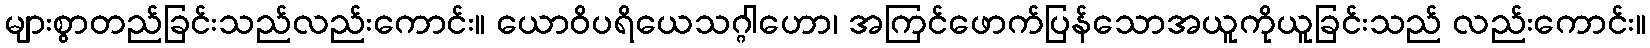
များစွာတည်ခြင်းသည်လည်းကောင်း။ ယောဝိပရိယေသဂ္ဂါဟော၊ အကြင်ဖောက်ပြန်သောအယူကိုယူခြင်းသည် လည်းကောင်း။